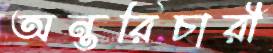
অন্তরিচারী